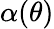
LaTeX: \alpha(\theta)